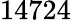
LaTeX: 14724